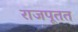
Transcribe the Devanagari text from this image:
राजपूतत